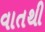
વાતથી